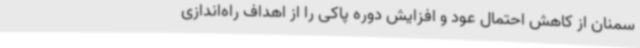
سمنان از کاهش احتمال عود و افزایش دوره پاکی را از اهداف راه‌اندازی